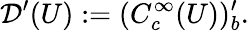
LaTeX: {\mathcal{D}}^{\prime}(U):=(C_{c}^{\infty}(U))_{b}^{\prime}.